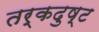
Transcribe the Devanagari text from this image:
तर्कदुष्ट